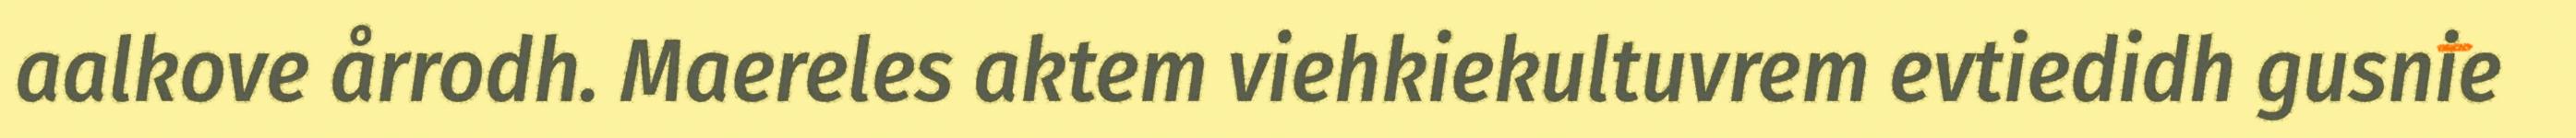
aalkove årrodh. Maereles aktem viehkiekultuvrem evtiedidh gusnie